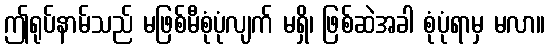
ဤရုပ်နာမ်သည် မဖြစ်မီစုံပုံလျက် မရှိ၊ ဖြစ်ဆဲအခါ စုံပုံရာမှ မလာ။